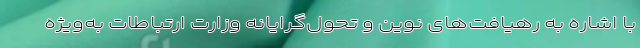
با اشاره به رهیافت‌های نوین و تحول‌گرایانه وزارت ارتباطات به‌ویژه